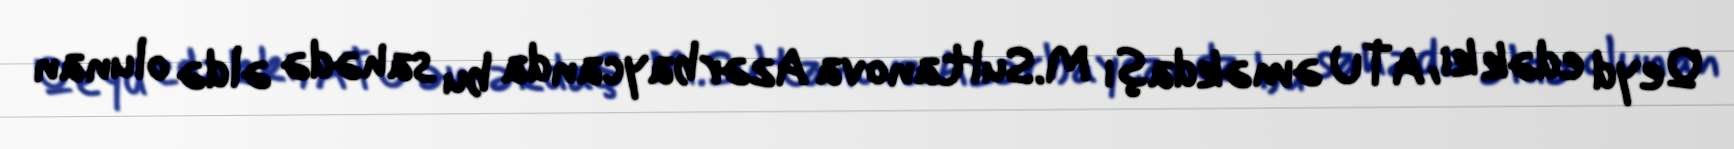
Qeyd edək ki, ATU əməkdaşı M.Sultanova Azərbaycanda bu sahədə əldə olunan